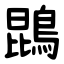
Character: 鵾